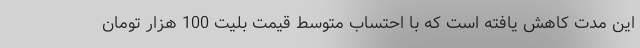
این مدت کاهش یافته است که با احتساب متوسط قیمت بلیت 100 هزار تومان